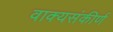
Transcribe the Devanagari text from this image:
वाक्यसंकीर्ण